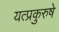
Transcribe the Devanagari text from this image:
यत्प्रकुरुषे